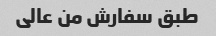
طبق سفارش من عالی